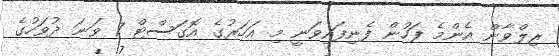
ރިލްވާން އެންމެ ފަހުން ފެނިފައިވަނީ މި އަހަރުގެ އޮގަސްޓް 7 ވަނަ ދުވަހުގެ